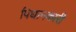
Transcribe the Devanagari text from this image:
पिधानकारी